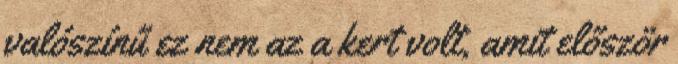
valószínű ez nem az a kert volt, amit először